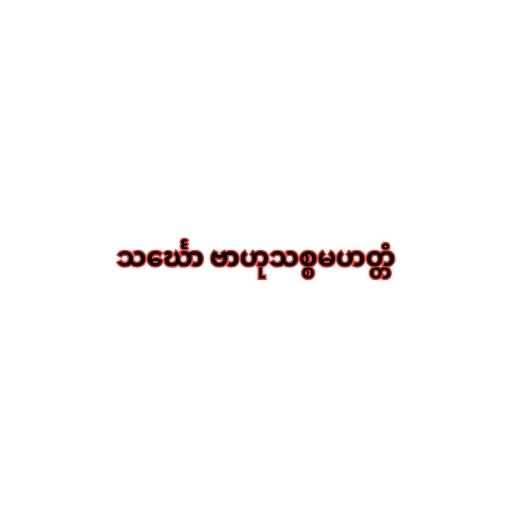
သင်္ဃော ဗာဟုသစ္စမဟတ္တံ